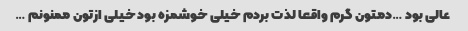
عالی بود …دمتون گرم واقعا لذت بردم خیلی خوشمزه بود خیلی ازتون ممنونم …